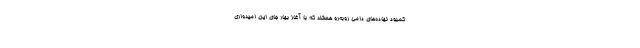
کمبود نهاده‌های دامی روبه‌رو هستند که با آغاز بهار جای این امیدواری